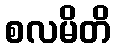
စလမိတိ